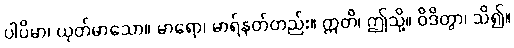
ပါပိမာ၊ ယုတ်မာသော။ မာရော၊ မာရ်နတ်တည်း။ ဣတိ၊ ဤသို့။ ဝိဒိတွာ၊ သိ၍။